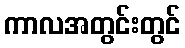
ကာလအတွင်းတွင်